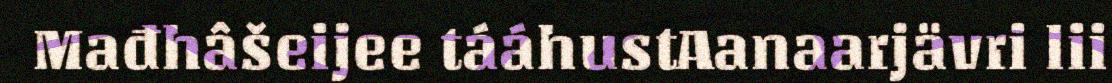
Mađhâšeijee tááhustAanaarjävri lii